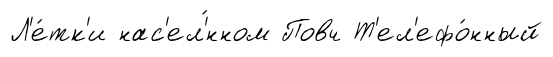
Л'е́тк'и нас'ел'́нном Повч Т'ел'ефо́нный